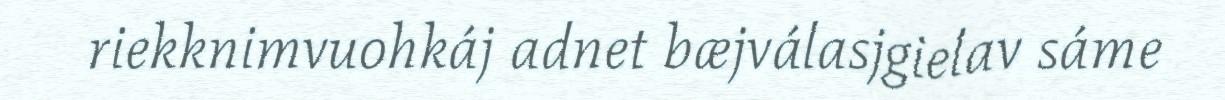
riekknimvuohkáj adnet bæjválasjgielav sáme